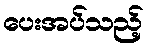
ပေးအပ်သည့်